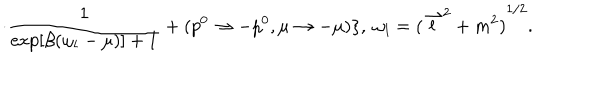
\cdot \frac { 1 } { \exp [ \beta ( \omega _ { l } - \mu ) ] + 1 } + ( p ^ { 0 } \to - p ^ { 0 } , \mu \to - \mu ) \} , \ \omega _ { l } = { ( { \stackrel { \rightharpoonup } { l } } ^ { 2 } + m ^ { 2 } ) } ^ { 1 / 2 } .